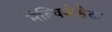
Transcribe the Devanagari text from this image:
मेल्चिज़ेडेक